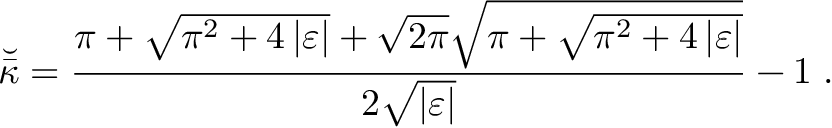
\breve { \bar { \kappa } } = \frac { \pi + \sqrt { \pi ^ { 2 } + 4 \left| \varepsilon \right| } + \sqrt { 2 \pi } \sqrt { \pi + \sqrt { \pi ^ { 2 } + 4 \left| \varepsilon \right| } } } { 2 \sqrt { \left| \varepsilon \right| } } - 1 \; .